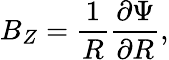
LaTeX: B_{Z}=\frac{1}{R}\frac{\partial\Psi}{\partial R},